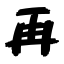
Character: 再